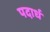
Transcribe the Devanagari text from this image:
पदार्ध